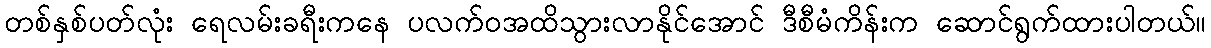
တစ်နှစ်ပတ်လုံး ရေလမ်းခရီးကနေ ပလက်ဝအထိသွားလာနိုင်အောင် ဒီစီမံကိန်းက ဆောင်ရွက်ထားပါတယ်။